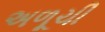
અળૂચી